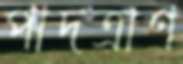
পাদত্রাণ